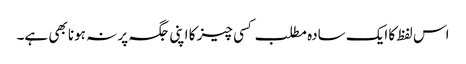
اس لفظ کا ایک سادہ مطلب کسی چیز کا اپنی جگہ پر نہ ہونا بھی ہے۔